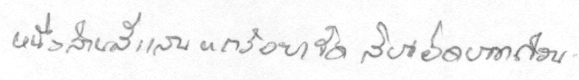
หนึ่งล้านสี่แสนหกร้อยเจ็ดสิบเอ็ดบาทถ้วน